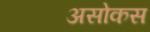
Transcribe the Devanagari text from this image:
असोकस